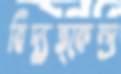
বিদ্যুত্কেন্দ্র